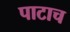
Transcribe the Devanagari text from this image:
पाटाच